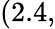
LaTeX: (2.4,